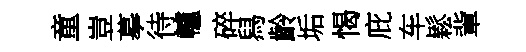
童豈摹待轤碎舄齡垢愒庇车鬆軰